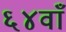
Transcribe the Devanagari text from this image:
६४वाँ